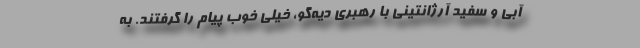
آبی و سفید آرژانتینی با رهبری دیه‌گو، خیلی خوب پیام را گرفتند. به